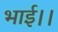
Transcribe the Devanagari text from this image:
भाई।।